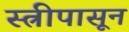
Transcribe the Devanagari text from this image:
स्त्रीपासून